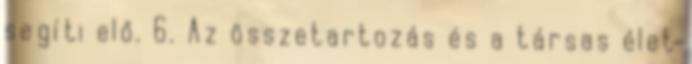
segíti elő. 6. Az összetartozás és a társas élet